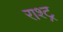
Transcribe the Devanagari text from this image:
राश्ट्र